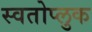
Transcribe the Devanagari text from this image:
स्वतोप्लुक